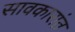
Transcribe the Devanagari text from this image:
सावकारांत